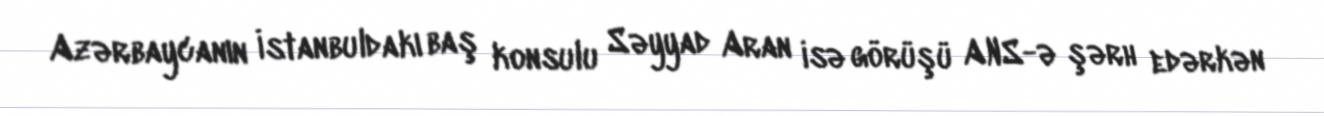
Azərbaycanın İstanbuldakı baş konsulu Səyyad Aran isə görüşü ANS-ə şərh edərkən